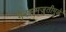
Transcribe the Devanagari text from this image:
गैरसमजुतीमुळे